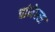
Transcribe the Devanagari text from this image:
चांनेल्स